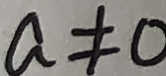
a \neq 0